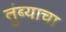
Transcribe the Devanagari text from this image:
तुंब्याचा